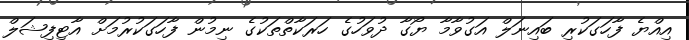
އިއްޔެ ފާހަގަކުރި ބައިނަލް އަގުވާމާ ޔޯގާ ދުވަހުގެ ހަރަކާތްތަކުގެ ނިމުން ފާހަގަކުރުމަށް އާޓިފިޝަލް